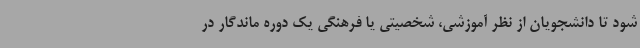
شود تا دانشجویان از نظر آموزشی، شخصیتی یا فرهنگی یک دوره ماندگار در